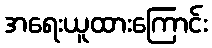
အရေးယူထားကြောင်း